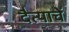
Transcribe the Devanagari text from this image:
दैत्याचें